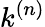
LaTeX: k^{(n)}